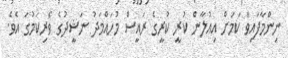
ނިންމާފައިވާ ކަމަށް އިއުލާން ކުރީ ކުރީގެ ރައީސް މުހައްމަދު ނަޝީދުގެ ވެރިކަމުގަ އެވެ.